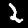
Label: 2